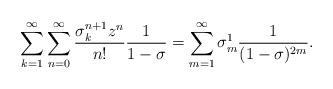
LaTeX: \begin{align*}\sum_{k=1}^\infty\sum_{n=0}^\infty\frac{\sigma_k^{n+1}z^n}{n!}\frac{1}{1-\sigma}= \sum_{m=1}^\infty\sigma_m^1\frac{1}{(1-\sigma)^{2m}}.\end{align*}